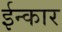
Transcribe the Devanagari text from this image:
ईन्कार